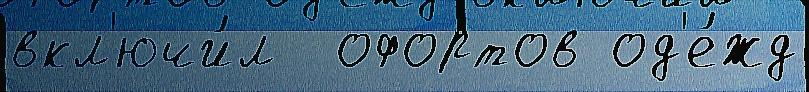
вкл'ючи́л  офортов од'е́жд